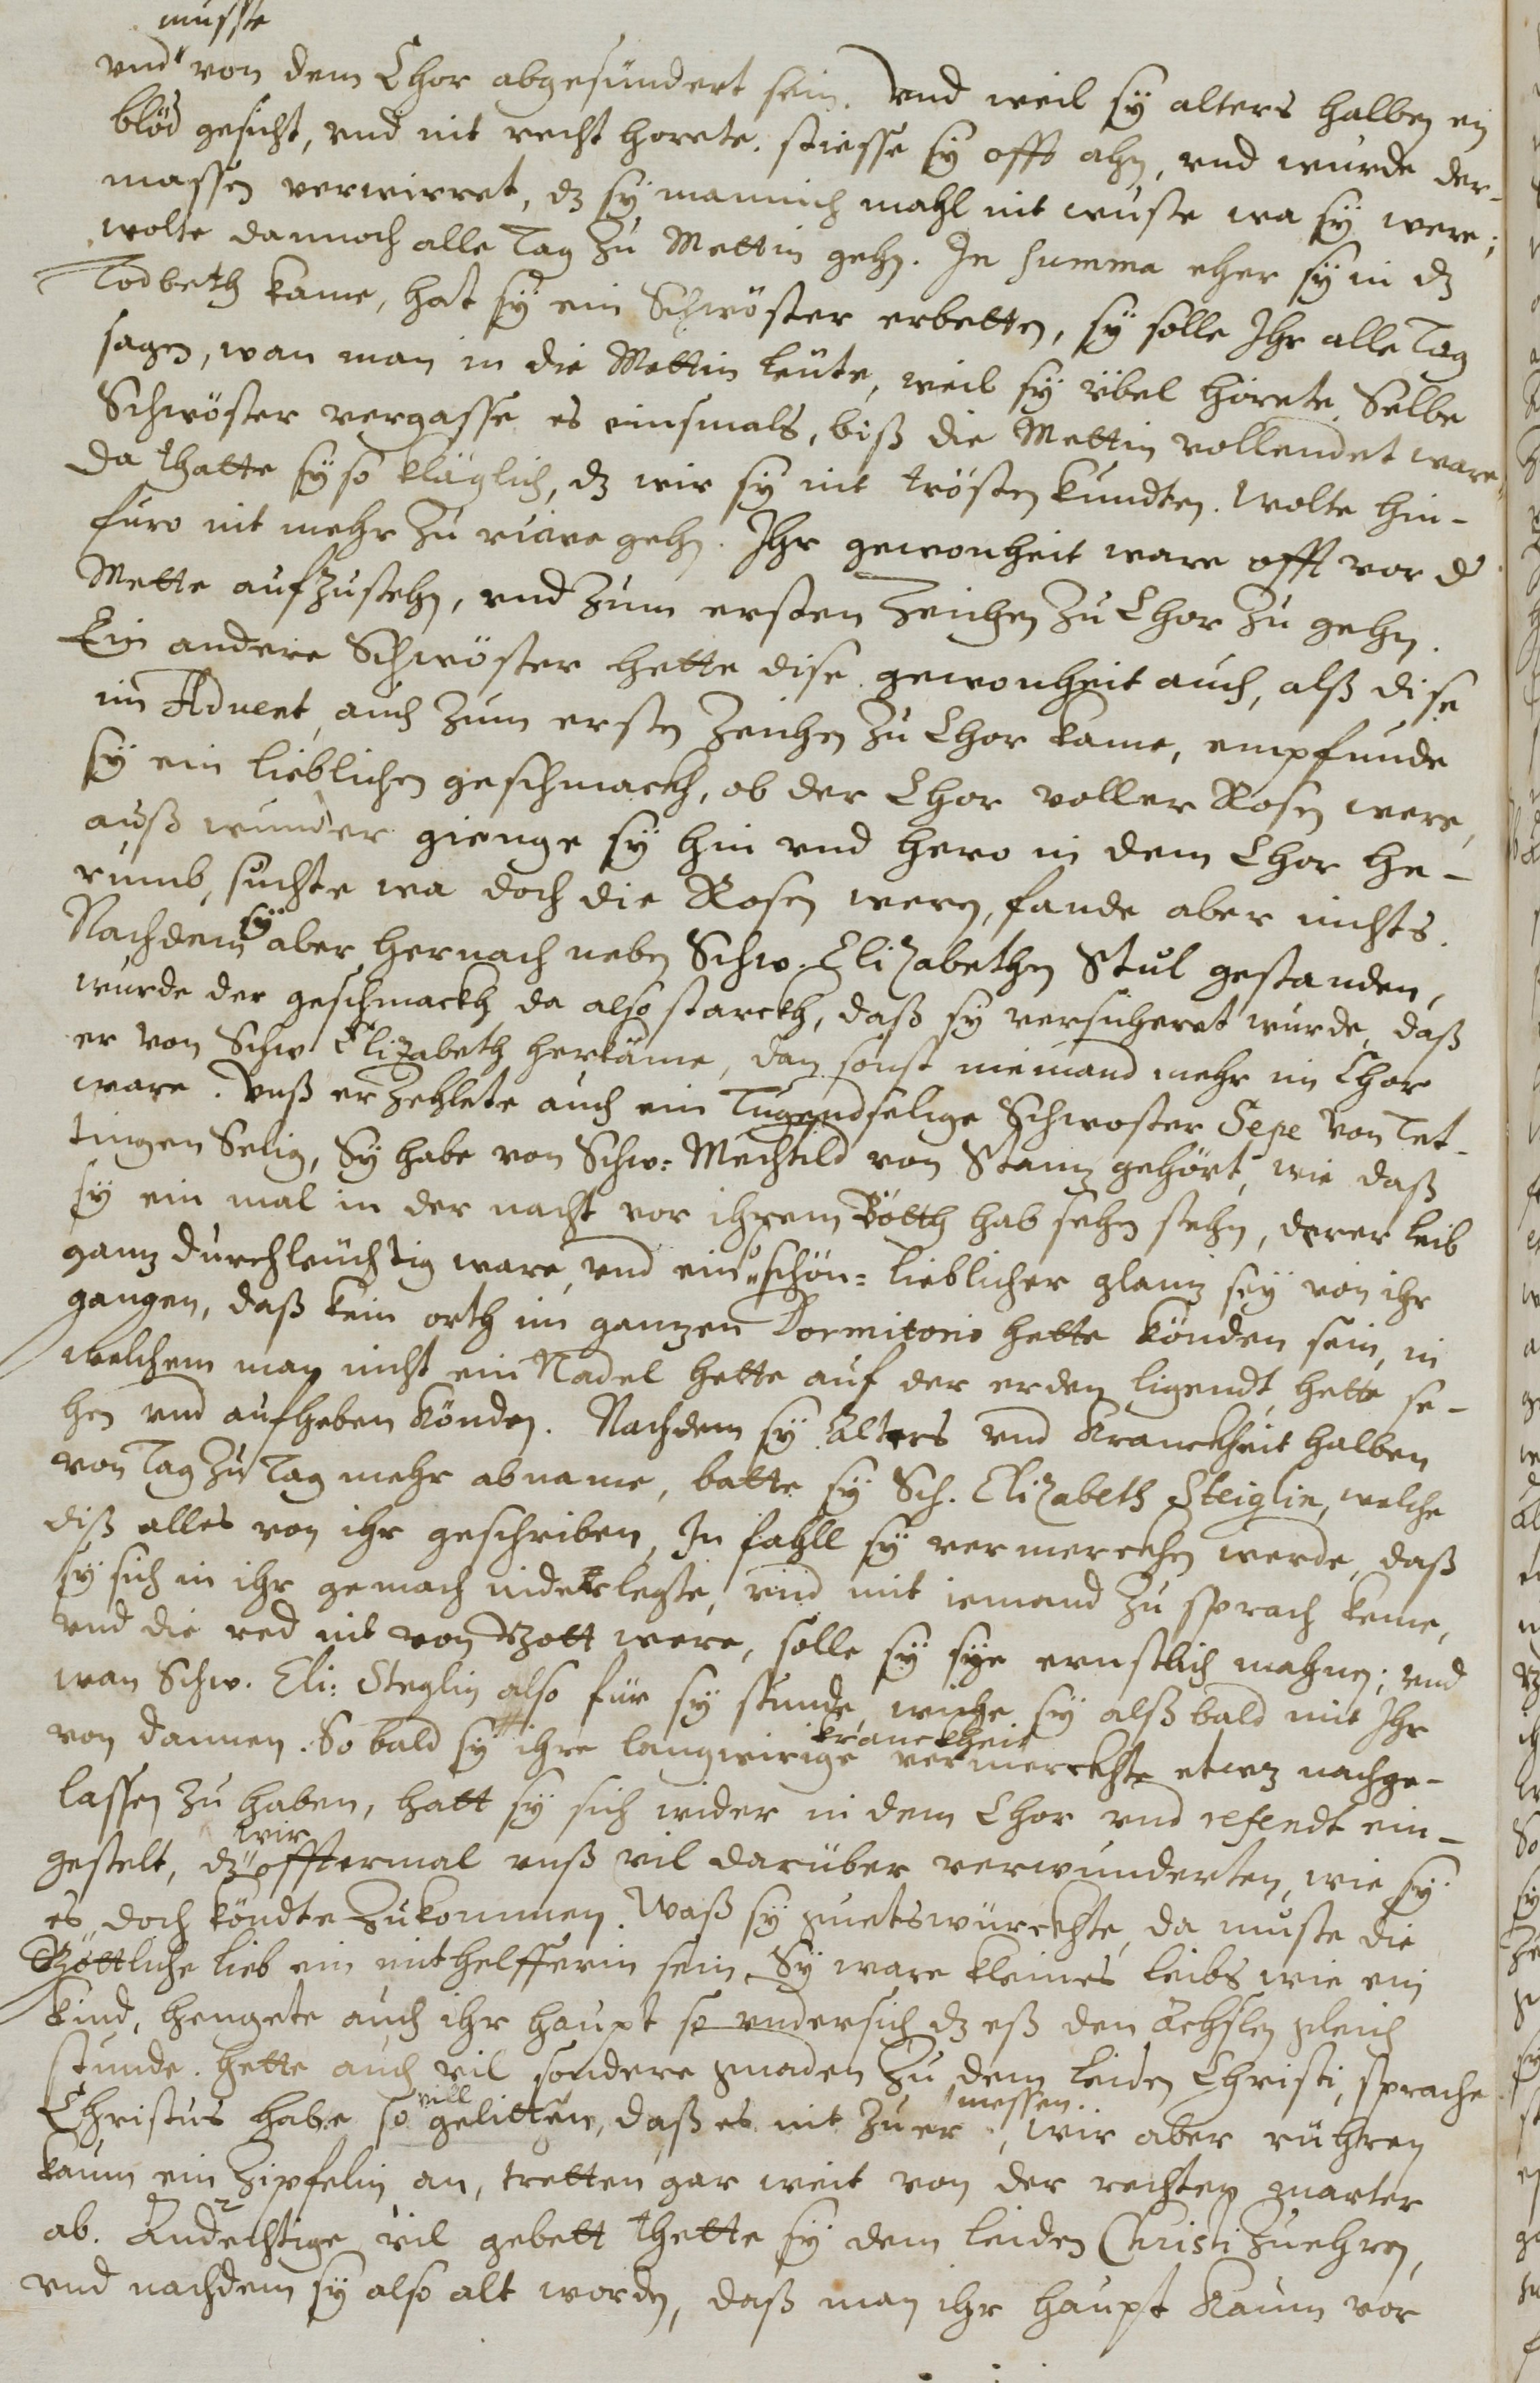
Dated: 1614–1638